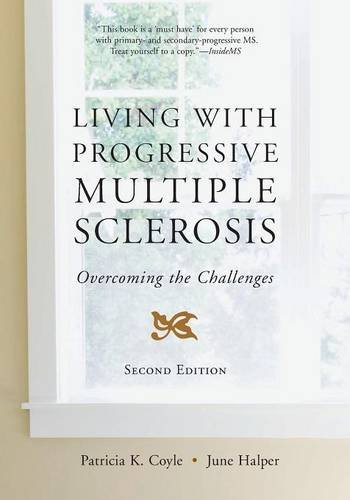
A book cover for Living with Progressive Multiple Sclerosis: Overcoming Challenges; June Halper MSN  ANP  FAAN; Health, Fitness & Dieting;